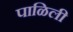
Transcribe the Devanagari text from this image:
पाळिली